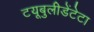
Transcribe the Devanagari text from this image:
टयूबुलीडेंटेटा